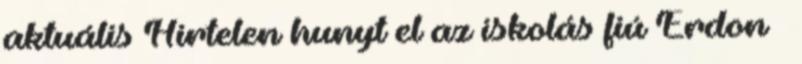
aktuális Hirtelen hunyt el az iskolás fiú Erdon –